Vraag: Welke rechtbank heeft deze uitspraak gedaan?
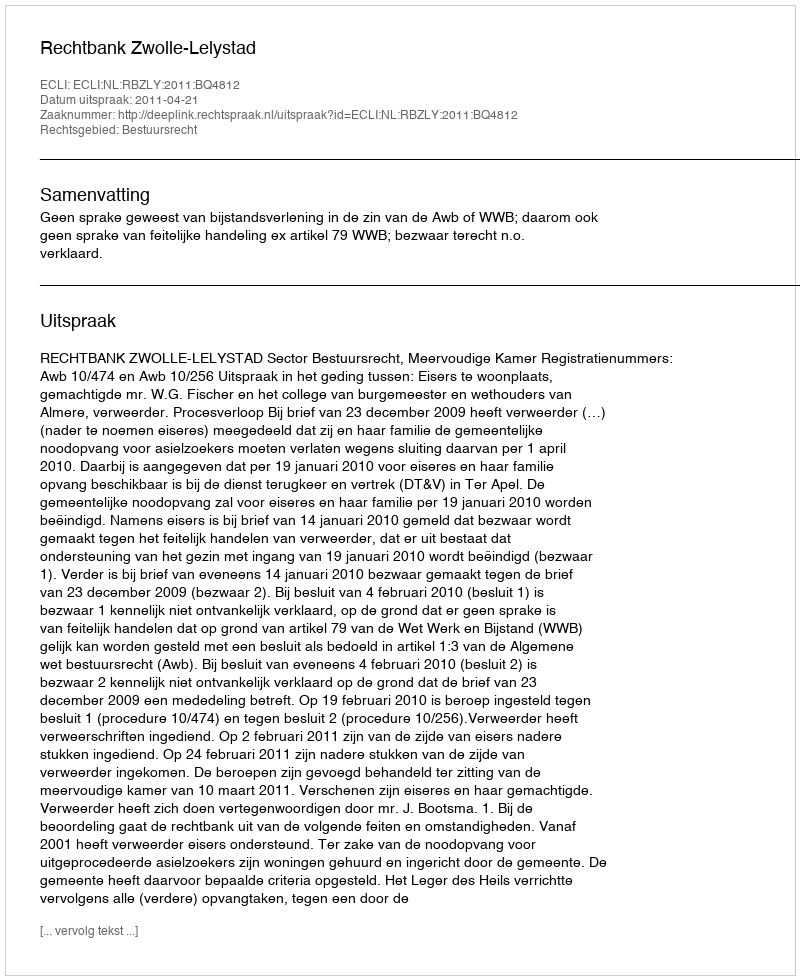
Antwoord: Rechtbank Zwolle-Lelystad